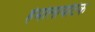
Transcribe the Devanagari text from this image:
हेमोलायटिक